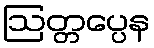
ဩတ္တပ္ပေန